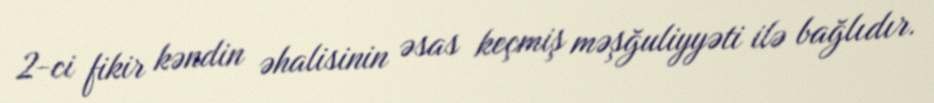
2-ci fikir kəndin əhalisinin əsas keçmiş məşğuliyyəti ilə bağlıdır.